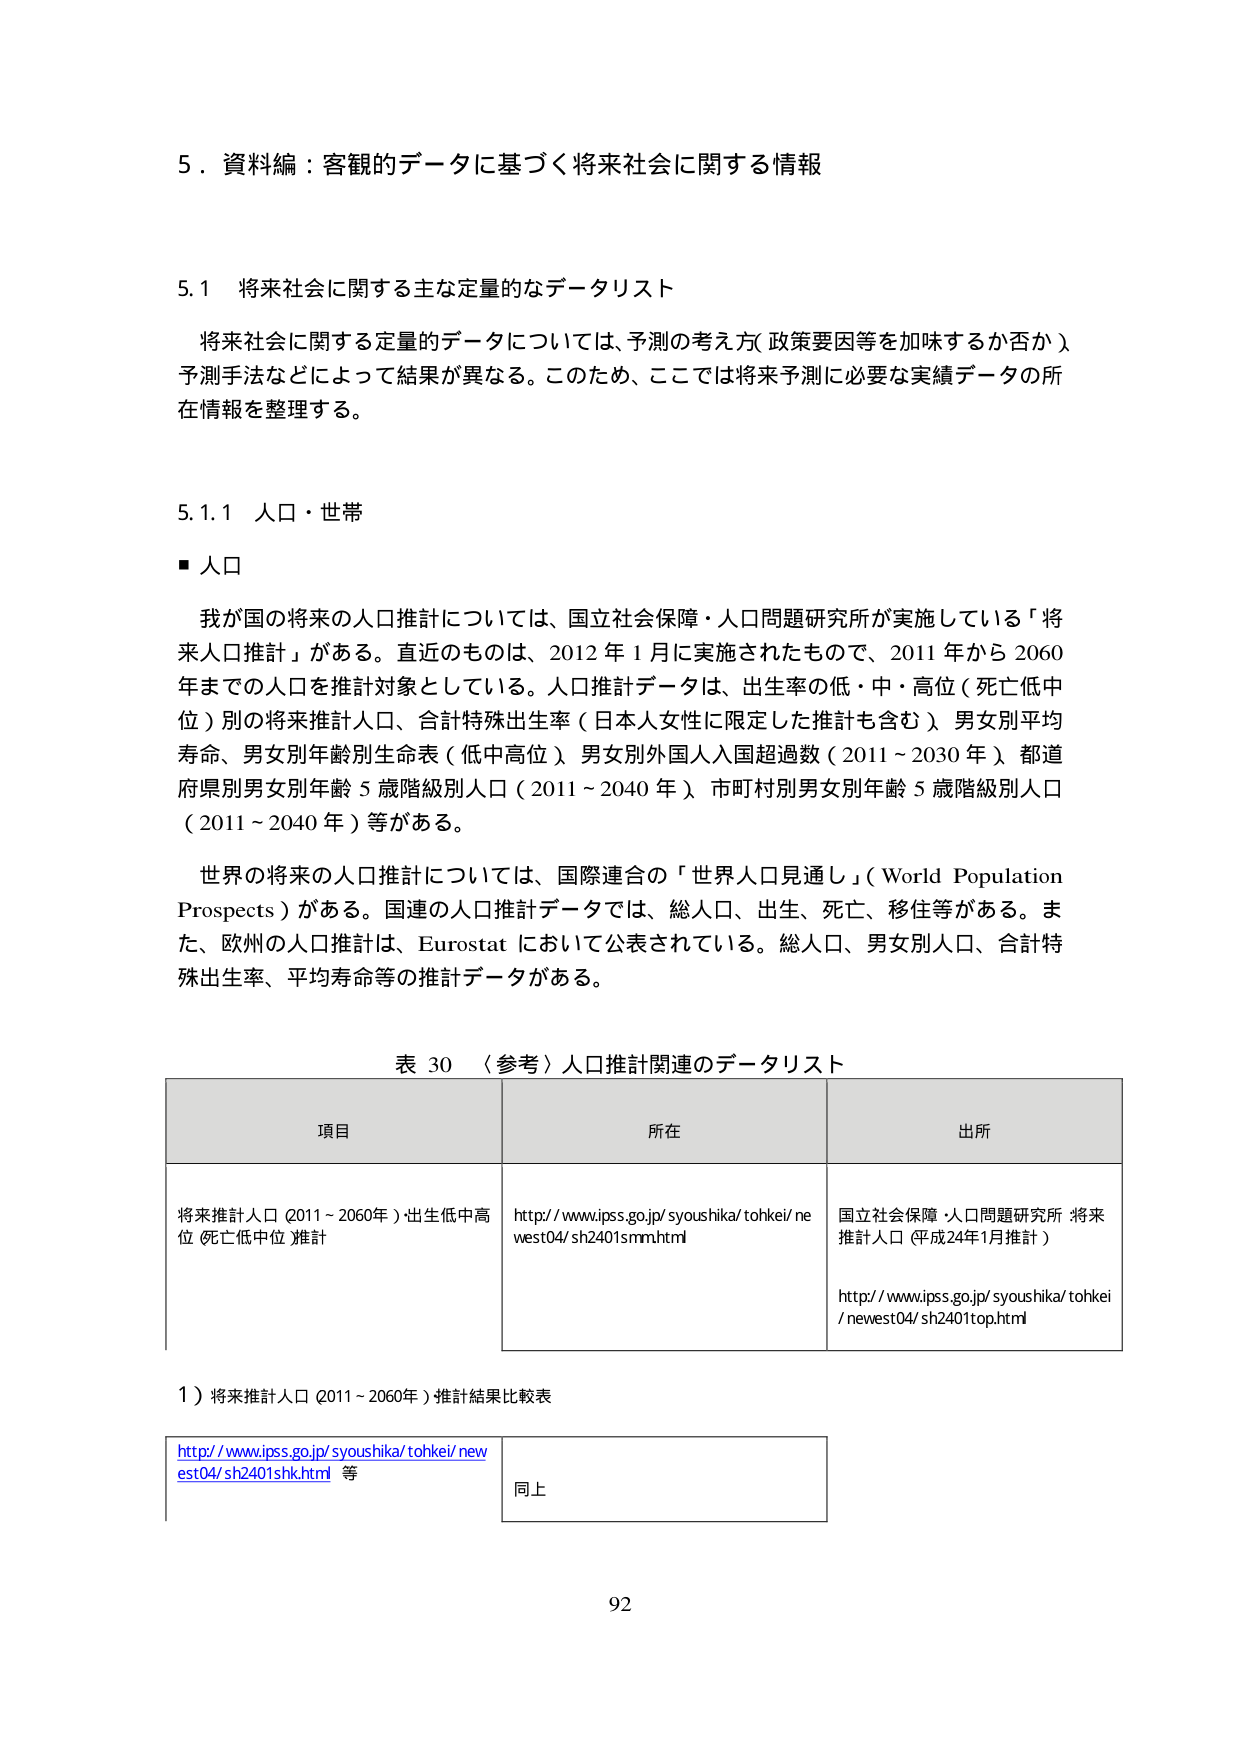
5．資料編：客観的データに基づく将来社会に関する情報

5.1 将来社会に関する主な定量的なデータリスト

将来社会に関する定量的データについては、予測の考え方（政策要因等を加味するか否か）、予測手法などによって結果が異なる。このため、ここでは将来予測に必要な実績データの所在情報を整理する。

5.1.1 人口・世帯

■ 人口

我が国の将来の人口推計については、国立社会保障・人口問題研究所が実施している「将来人口推計」がある。直近のものは、2012年1月に実施されたもので、2011年から2060年までの人口を推計対象としている。人口推計データは、出生率の低・中・高位（死亡低中位）別の将来推計人口、合計特殊出生率（日本人女性に限定した推計も含む）、男女別平均寿命、男女別年齢別生命表（低中高位）、男女別外国人入国超過数（2011～2030年）、都道府県別男女別年齢5歳階級別人口（2011～2040年）、市町村別男女別年齢5歳階級別人口（2011～2040年）等がある。

世界の将来の人口推計については、国際連合の「世界人口見通し」（World Population Prospects）がある。国連の人口推計データでは、総人口、出生、死亡、移住等がある。また、欧州の人口推計は、Eurostatにおいて公表されている。総人口、男女別人口、合計特殊出生率、平均寿命等の推計データがある。

表30 〈参考〉人口推計関連のデータリスト

| 項目 | 所在 | 出所 |
|------|------|------|
| 将来推計人口（2011～2060年）・出生低中高位（死亡低中位）推計 | http://www.ipss.go.jp/syoushika/tohkei/newest04/sh2401smm.html | 国立社会保障・人口問題研究所 将来推計人口（平成24年1月推計）<br>http://www.ipss.go.jp/syoushika/tohkei/newest04/sh2401top.html |

1）将来推計人口（2011～2060年）推計結果比較表

| http://www.ipss.go.jp/syoushika/tohkei/newest04/sh2401shk.html 等 | 同上 |

92